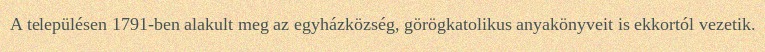
A településen 1791-ben alakult meg az egyházközség, görögkatolikus anyakönyveit is ekkortól vezetik.